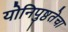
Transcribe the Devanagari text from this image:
योनिपुष्ठतेचा